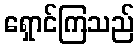
ရှောင်ကြသည်